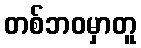
တစ်ဘဝမှာတူ